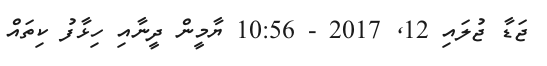
ޖަޑާ ޖުލައި 12